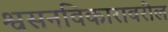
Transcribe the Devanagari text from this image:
श्वसनविकारावरील